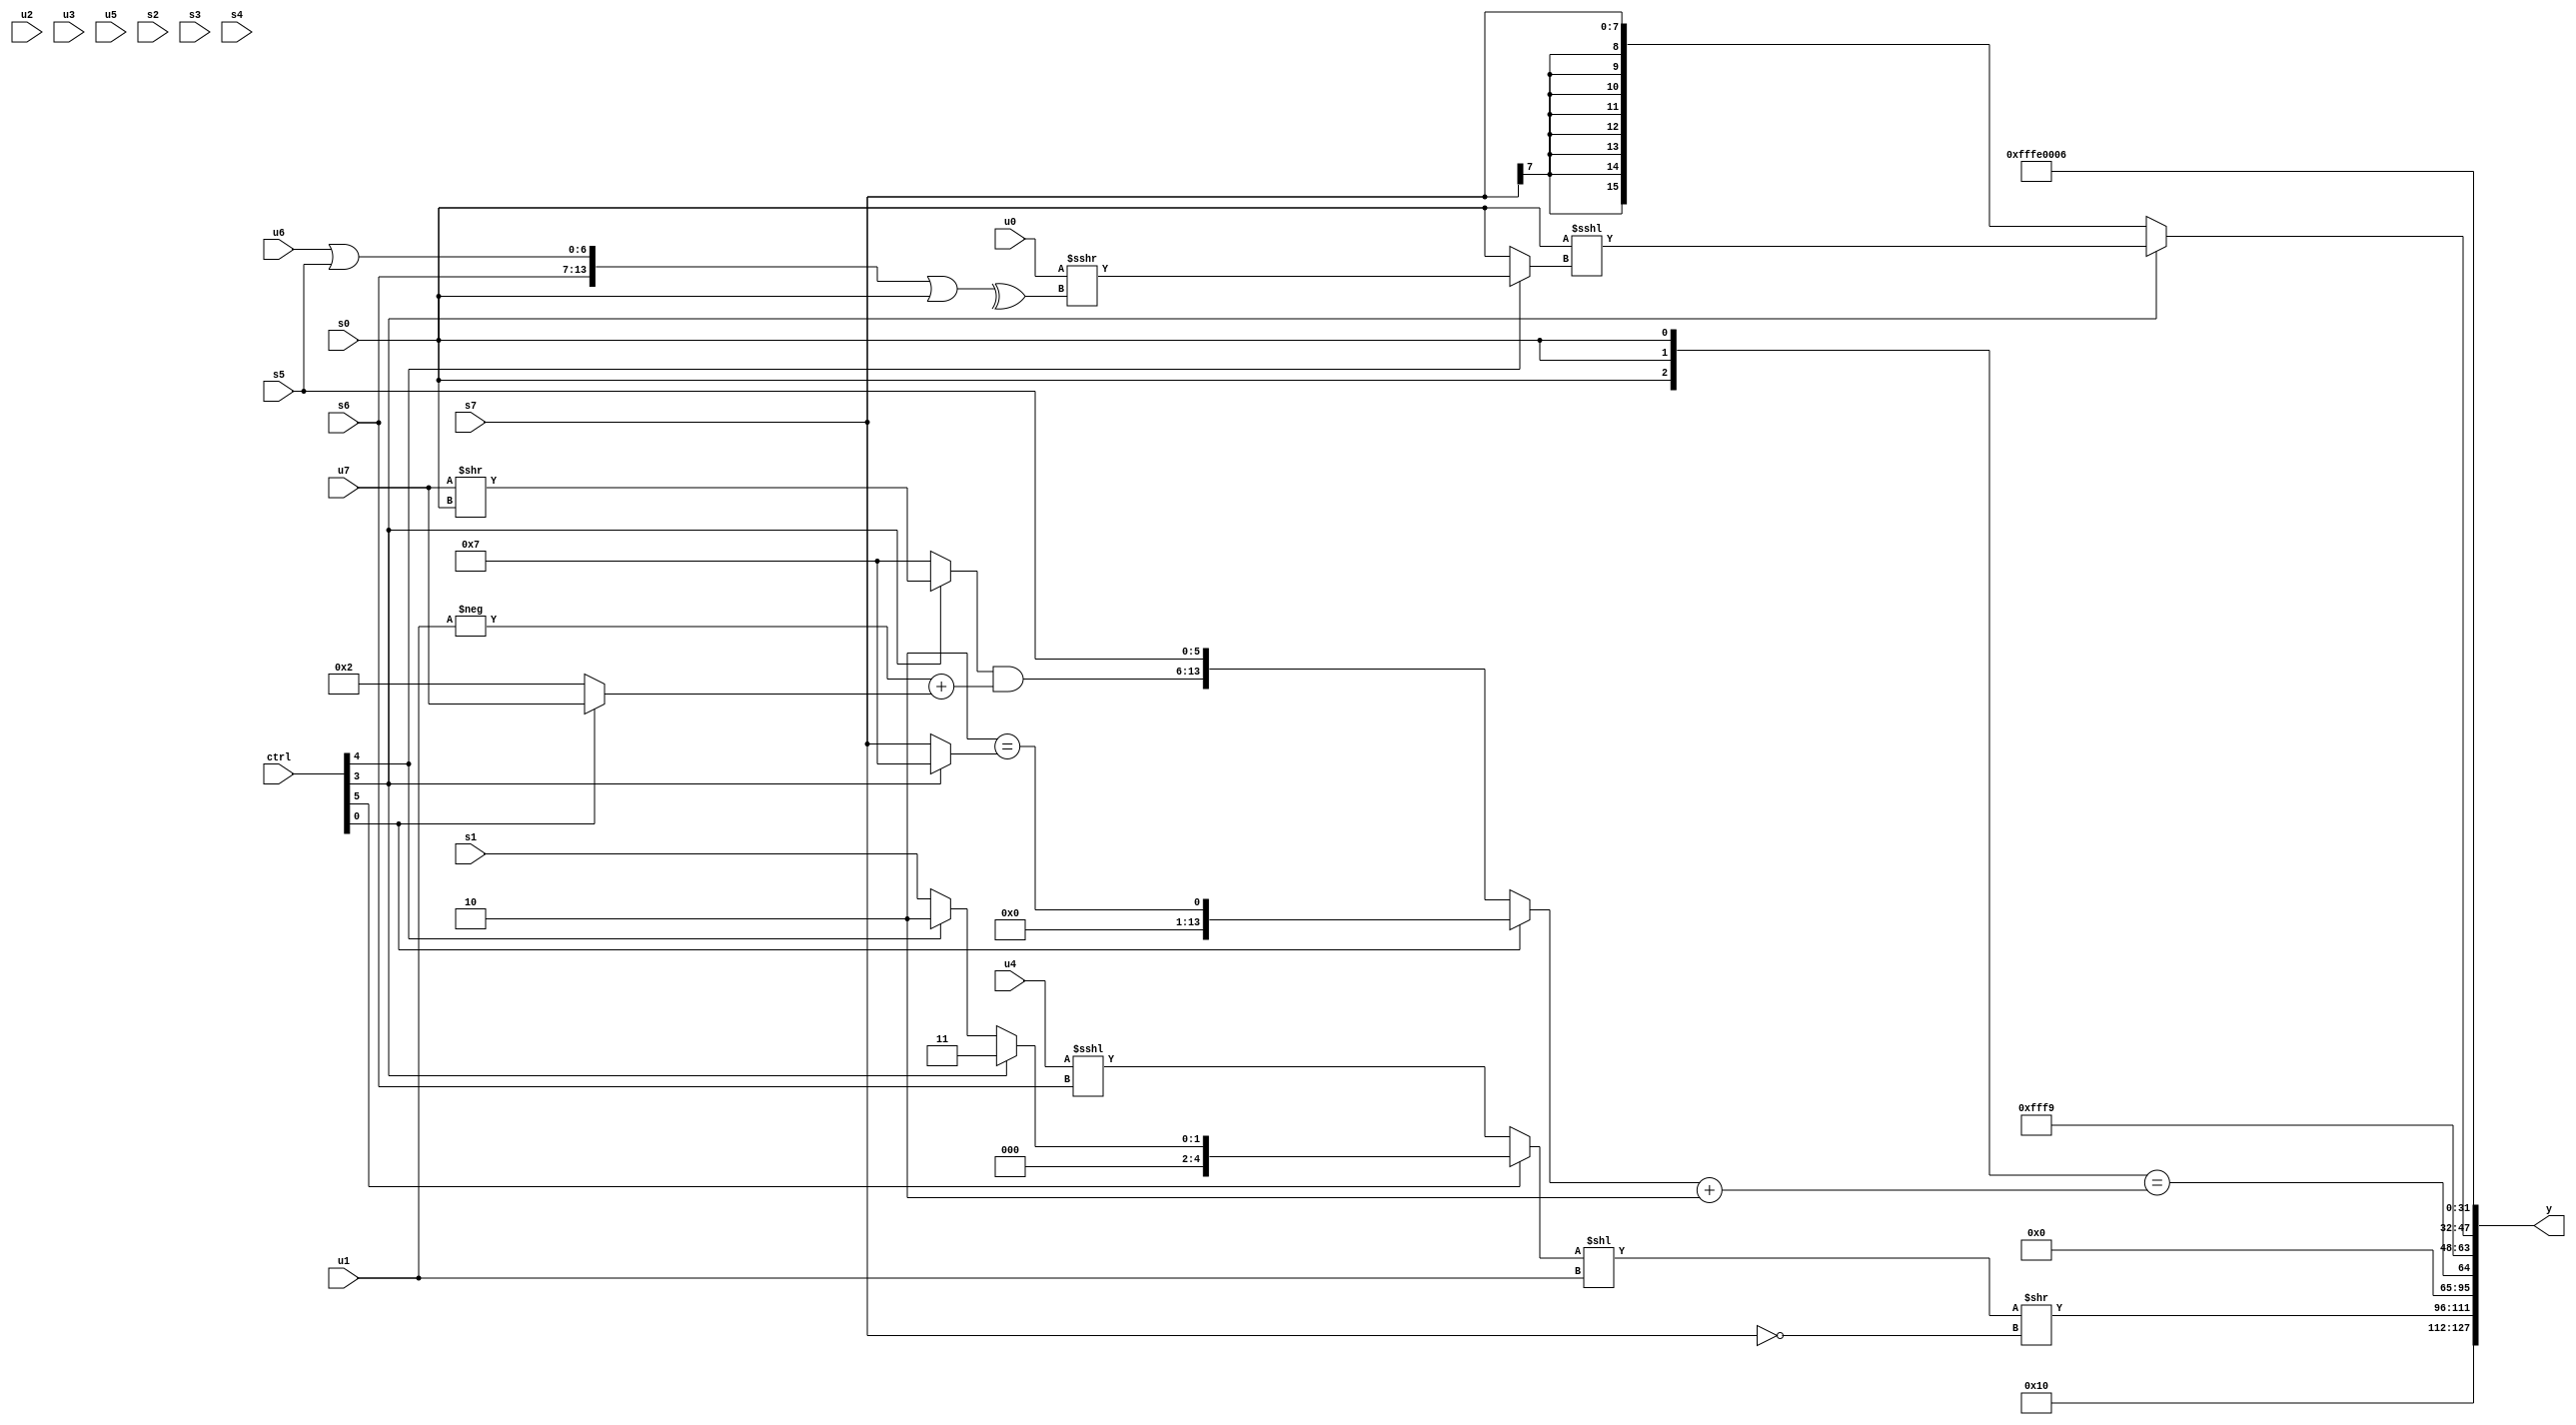
module wideexpr_00120(ctrl, u0, u1, u2, u3, u4, u5, u6, u7, s0, s1, s2, s3, s4, s5, s6, s7, y);
  input [7:0] ctrl;
  input [0:0] u0;
  input [1:0] u1;
  input [2:0] u2;
  input [3:0] u3;
  input [4:0] u4;
  input [5:0] u5;
  input [6:0] u6;
  input [7:0] u7;
  input signed [0:0] s0;
  input signed [1:0] s1;
  input signed [2:0] s2;
  input signed [3:0] s3;
  input signed [4:0] s4;
  input signed [5:0] s5;
  input signed [6:0] s6;
  input signed [7:0] s7;
  output [127:0] y;
  wire [15:0] y0;
  wire [15:0] y1;
  wire [15:0] y2;
  wire [15:0] y3;
  wire [15:0] y4;
  wire [15:0] y5;
  wire [15:0] y6;
  wire [15:0] y7;
  assign y = {y0,y1,y2,y3,y4,y5,y6,y7};
  assign y0 = 5'b10000;
  assign y1 = (($unsigned((ctrl[5]?(ctrl[3]?2'sb11:(ctrl[4]?2'sb10:s1)):+((u4)<<<(s6)))))<<(u1))>>($signed(+(!(s7))));
  assign y2 = $signed((+((5'b11010)-(($signed(1'sb0))&(4'b1001))))>>(({3{4'b1111}})|($unsigned(4'sb0100))));
  assign y3 = +(({3{$signed(s0)}})==(((ctrl[0]?&((5'sb11110)==(+((ctrl[3]?4'sb0111:s7)))):{((ctrl[3]?(u7)>>(s0):$unsigned(3'b111)))&((-(u1))+((ctrl[0]?u7:4'sb0010))),s5}))+(3'b010)));
  assign y4 = 5'sb11001;
  assign y5 = +((ctrl[3]?(+($signed(s0)))<<<((ctrl[4]?(|(u0))>>>(^(({$signed(s6),(u6)|(s5)})|(+($signed(s0))))):$unsigned(s0))):s7));
  assign y6 = 2'sb10;
  assign y7 = 5'sb00110;
endmodule